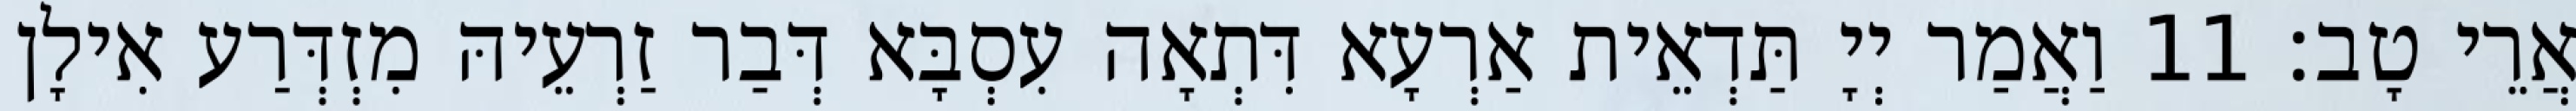
אֲרֵי טָב׃ 11 וַאֲמַר יְיָ תַּדְאֵית אַרְעָא דִּתְאָה עִסְבָּא דְּבַר זַרְעֵיהּ מִזְדְּרַע אִילָן